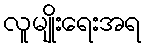
လူမျိုးရေးအရ